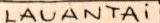
LAUANTAi